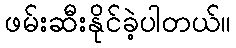
ဖမ်းဆီးနိုင်ခဲ့ပါတယ်။